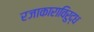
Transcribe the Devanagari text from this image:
रजाकाराविरुद्ध